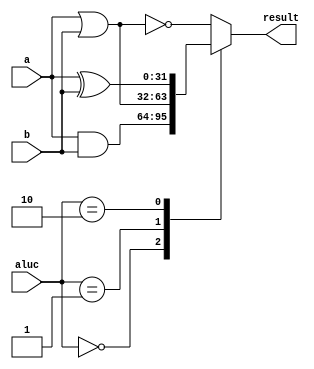
module LogicArithmetic(a, b, aluc, result);
	input [31:0]a;
	input [31:0]b;
	input [1:0]aluc;
	output reg [31:0]result;

	always @(a or b or aluc[1:0]) begin
		case(aluc[1:0])
			2'b00: begin
				result = a & b;
			end
			2'b01: begin
				result = a | b;
			end
			2'b10: begin
				result = a ^ b;
			end
			default: begin
				result = ~(a | b);
			end
		endcase
	end
endmodule